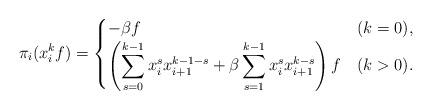
LaTeX: \begin{align*}\pi_i(x_i^k f) = \begin{cases}-\beta f& (k=0), \\\left(\displaystyle\sum_{s=0}^{k-1} x_i^s x_{i+1}^{k-1-s} + \beta \displaystyle\sum_{s=1}^{k-1} x_i^{s} x_{i+1}^{k-s}\right)f & (k>0).\end{cases}\end{align*}